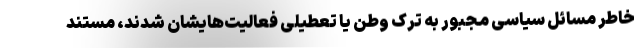
خاطر مسائل سیاسی مجبور به ترک وطن یا تعطیلی فعالیت‌هایشان شدند، مستند